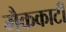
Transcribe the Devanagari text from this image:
मैककार्टी